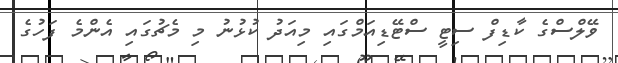
ވޭލްސްގެ ކާޑިފް ސިޓީ ސްޓޭޑިއަމްގައި މިއަދު ކުޅުނު މި މެޗުގައި އެންމެ ފަހުގެ